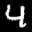
Label: 4